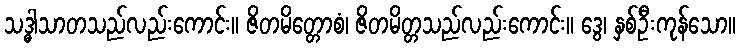
သဒ္ဓါသာတသည်လည်းကောင်း။ ဇိတမိတ္တောစံ၊ ဇိတမိတ္တသည်လည်းကောင်း။ ဒွေ၊ နှစ်ဦးကုန်သော။